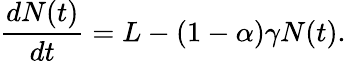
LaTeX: \frac{dN(t)}{dt}=L-(1-\alpha)\gamma N(t).